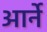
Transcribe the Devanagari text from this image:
आर्ने